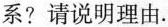
系?请说明理由。